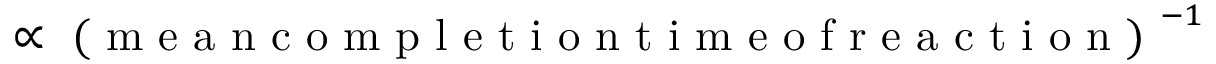
\propto \mathrm { ~ ( ~ m ~ e ~ a ~ n ~ c ~ o ~ m ~ p ~ l ~ e ~ t ~ i ~ o ~ n ~ t ~ i ~ m ~ e ~ o ~ f ~ r ~ e ~ a ~ c ~ t ~ i ~ o ~ n ~ ) ~ } ^ { - 1 }